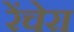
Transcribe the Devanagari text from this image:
रेंचेरा